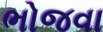
ભોજવા